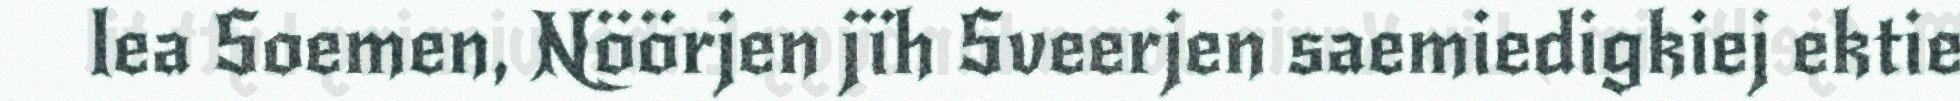
lea Soemen, Nöörjen jïh Sveerjen saemiedigkiej ektie